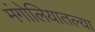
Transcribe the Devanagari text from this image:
मंगोलियातल्या